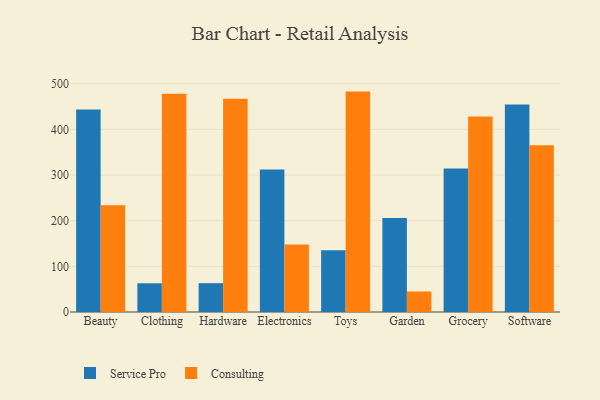
{"axis": {"x": "Category", "y": "Gross Profit (USD K)"}, "legend": ["Consulting", "Service Pro"], "data": [{"x": "Beauty", "y": 443.7, "type": "Service Pro"}, {"x": "Beauty", "y": 233.6, "type": "Consulting"}, {"x": "Clothing", "y": 62.9, "type": "Service Pro"}, {"x": "Clothing", "y": 478.2, "type": "Consulting"}, {"x": "Hardware", "y": 63.1, "type": "Service Pro"}, {"x": "Hardware", "y": 467.2, "type": "Consulting"}, {"x": "Electronics", "y": 312.2, "type": "Service Pro"}, {"x": "Electronics", "y": 147.8, "type": "Consulting"}, {"x": "Toys", "y": 135.1, "type": "Service Pro"}, {"x": "Toys", "y": 482.8, "type": "Consulting"}, {"x": "Garden", "y": 205.8, "type": "Service Pro"}, {"x": "Garden", "y": 45.0, "type": "Consulting"}, {"x": "Grocery", "y": 314.5, "type": "Service Pro"}, {"x": "Grocery", "y": 428.2, "type": "Consulting"}, {"x": "Software", "y": 454.8, "type": "Service Pro"}, {"x": "Software", "y": 365.3, "type": "Consulting"}]}